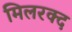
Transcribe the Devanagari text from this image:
मिलरक्द